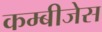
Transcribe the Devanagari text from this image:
कम्बीजेस